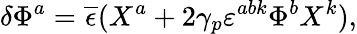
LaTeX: \delta\Phi^{a}=\overline{{\epsilon}}(X^{a}+2\gamma_{p}\varepsilon^{abk}\Phi^{b}X^{k}),